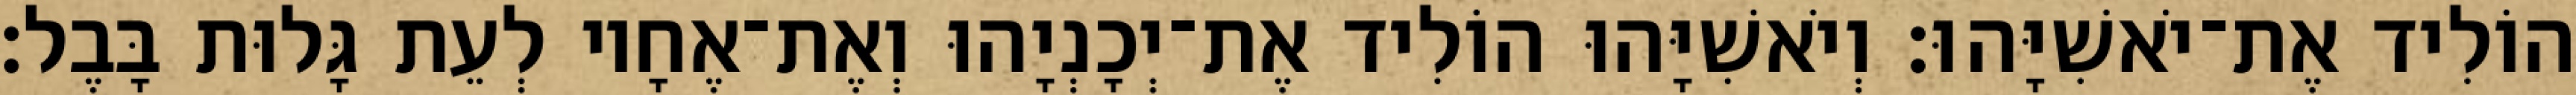
הוֹלִיד אֶת־יֹאשִׁיָּהוּ׃ וְיֹאשִׁיָּהוּ הוֹלִיד אֶת־יְכָנְיָהוּ וְאֶת־אֶחָיו לְעֵת גָּלוּת בָּבֶל׃